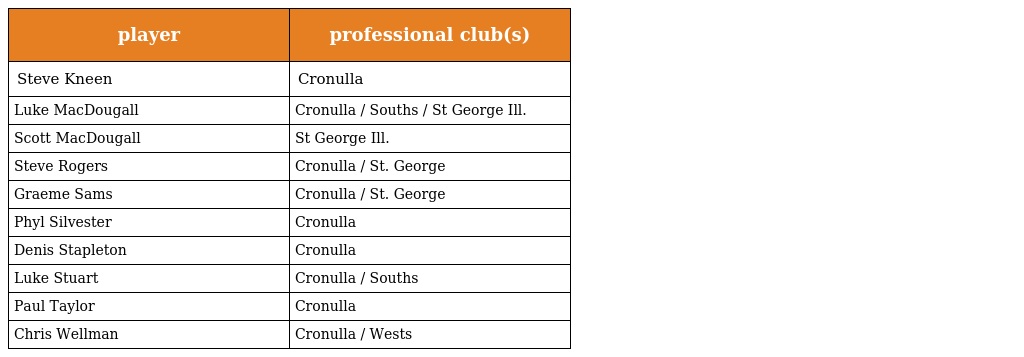
| player | professional club(s) |
 | --- | --- |
 | Steve Kneen | Cronulla |
 | Luke MacDougall | Cronulla / Souths / St George Ill. |
 | Scott MacDougall | St George Ill. |
 | Steve Rogers | Cronulla / St. George |
 | Graeme Sams | Cronulla / St. George |
 | Phyl Silvester | Cronulla |
 | Denis Stapleton | Cronulla |
 | Luke Stuart | Cronulla / Souths |
 | Paul Taylor | Cronulla |
 | Chris Wellman | Cronulla / Wests |